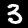
Label: 3